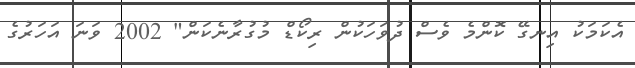
އެކަމަކު އިނގޭ ކޮންމެ ވެސް ދުވަހަކުން ރިކޯޑް މުގުރާނެކަން" 2002 ވަަނަ އަހަރުގެ